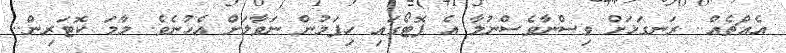
އެއްޗެއް.. ރަނގަޅަށް ވިސްނާވެސްނުލާ އެ ފޮޓޯގައި ހިފަމުން ނަވާލަށް އެހުނެވެ. މާމަ ކޮޓަރިން..